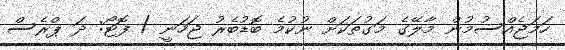
ހަމަޖެއްސުމުން މާލޭގެ މަގުތަކަށް ނުކުމެ ބޮޑުބެރު ޖަހަނީ / ފޮޓޯ: ދަ ޕްރެސް